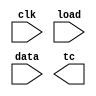
// Implement a timer that counts down for a given number of clock cycles, then asserts a signal to indicate that the given duration has elapsed. A good way to implement this is with a down-counter that asserts an output signal when the count becomes 0.

// At each clock cycle:

// If load = 1, load the internal counter with the 10-bit data, the number of clock cycles the timer should count before timing out. The counter can be loaded at any time, including when it is still counting and has not yet reached 0.
// If load = 0, the internal counter should decrement by 1.

// The output signal tc ("terminal count") indicates whether the internal counter has reached 0. Once the internal counter has reached 0, it should stay 0 (stop counting) until the counter is loaded again.

module top_module(
	input clk, 
	input load, 
	input [9:0] data, 
	output tc
);

	// Insert your code here

endmodule